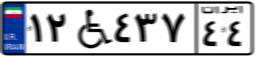
۱۲W۴۳۷۴۴